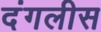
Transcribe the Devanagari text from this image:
दंगलीस